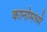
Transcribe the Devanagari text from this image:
कानोमध्ये